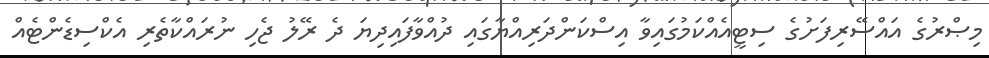
މިޞްރުގެ އައްސޭރިފަށުގެ ސިޓީއެއްކަމުގައިވާ އިސްކަންދަރިއްޔާގައި ދުއްވާފައިދިޔަ ދެ ރޭލު ޖެހި ނުރައްކާތެރި އެކްސިޑެންޓެއް